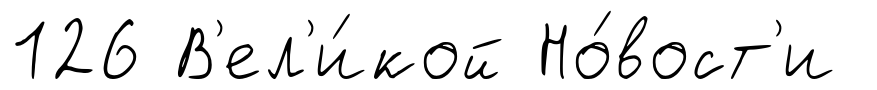
126 В'ел'и́кой Но́вост'и